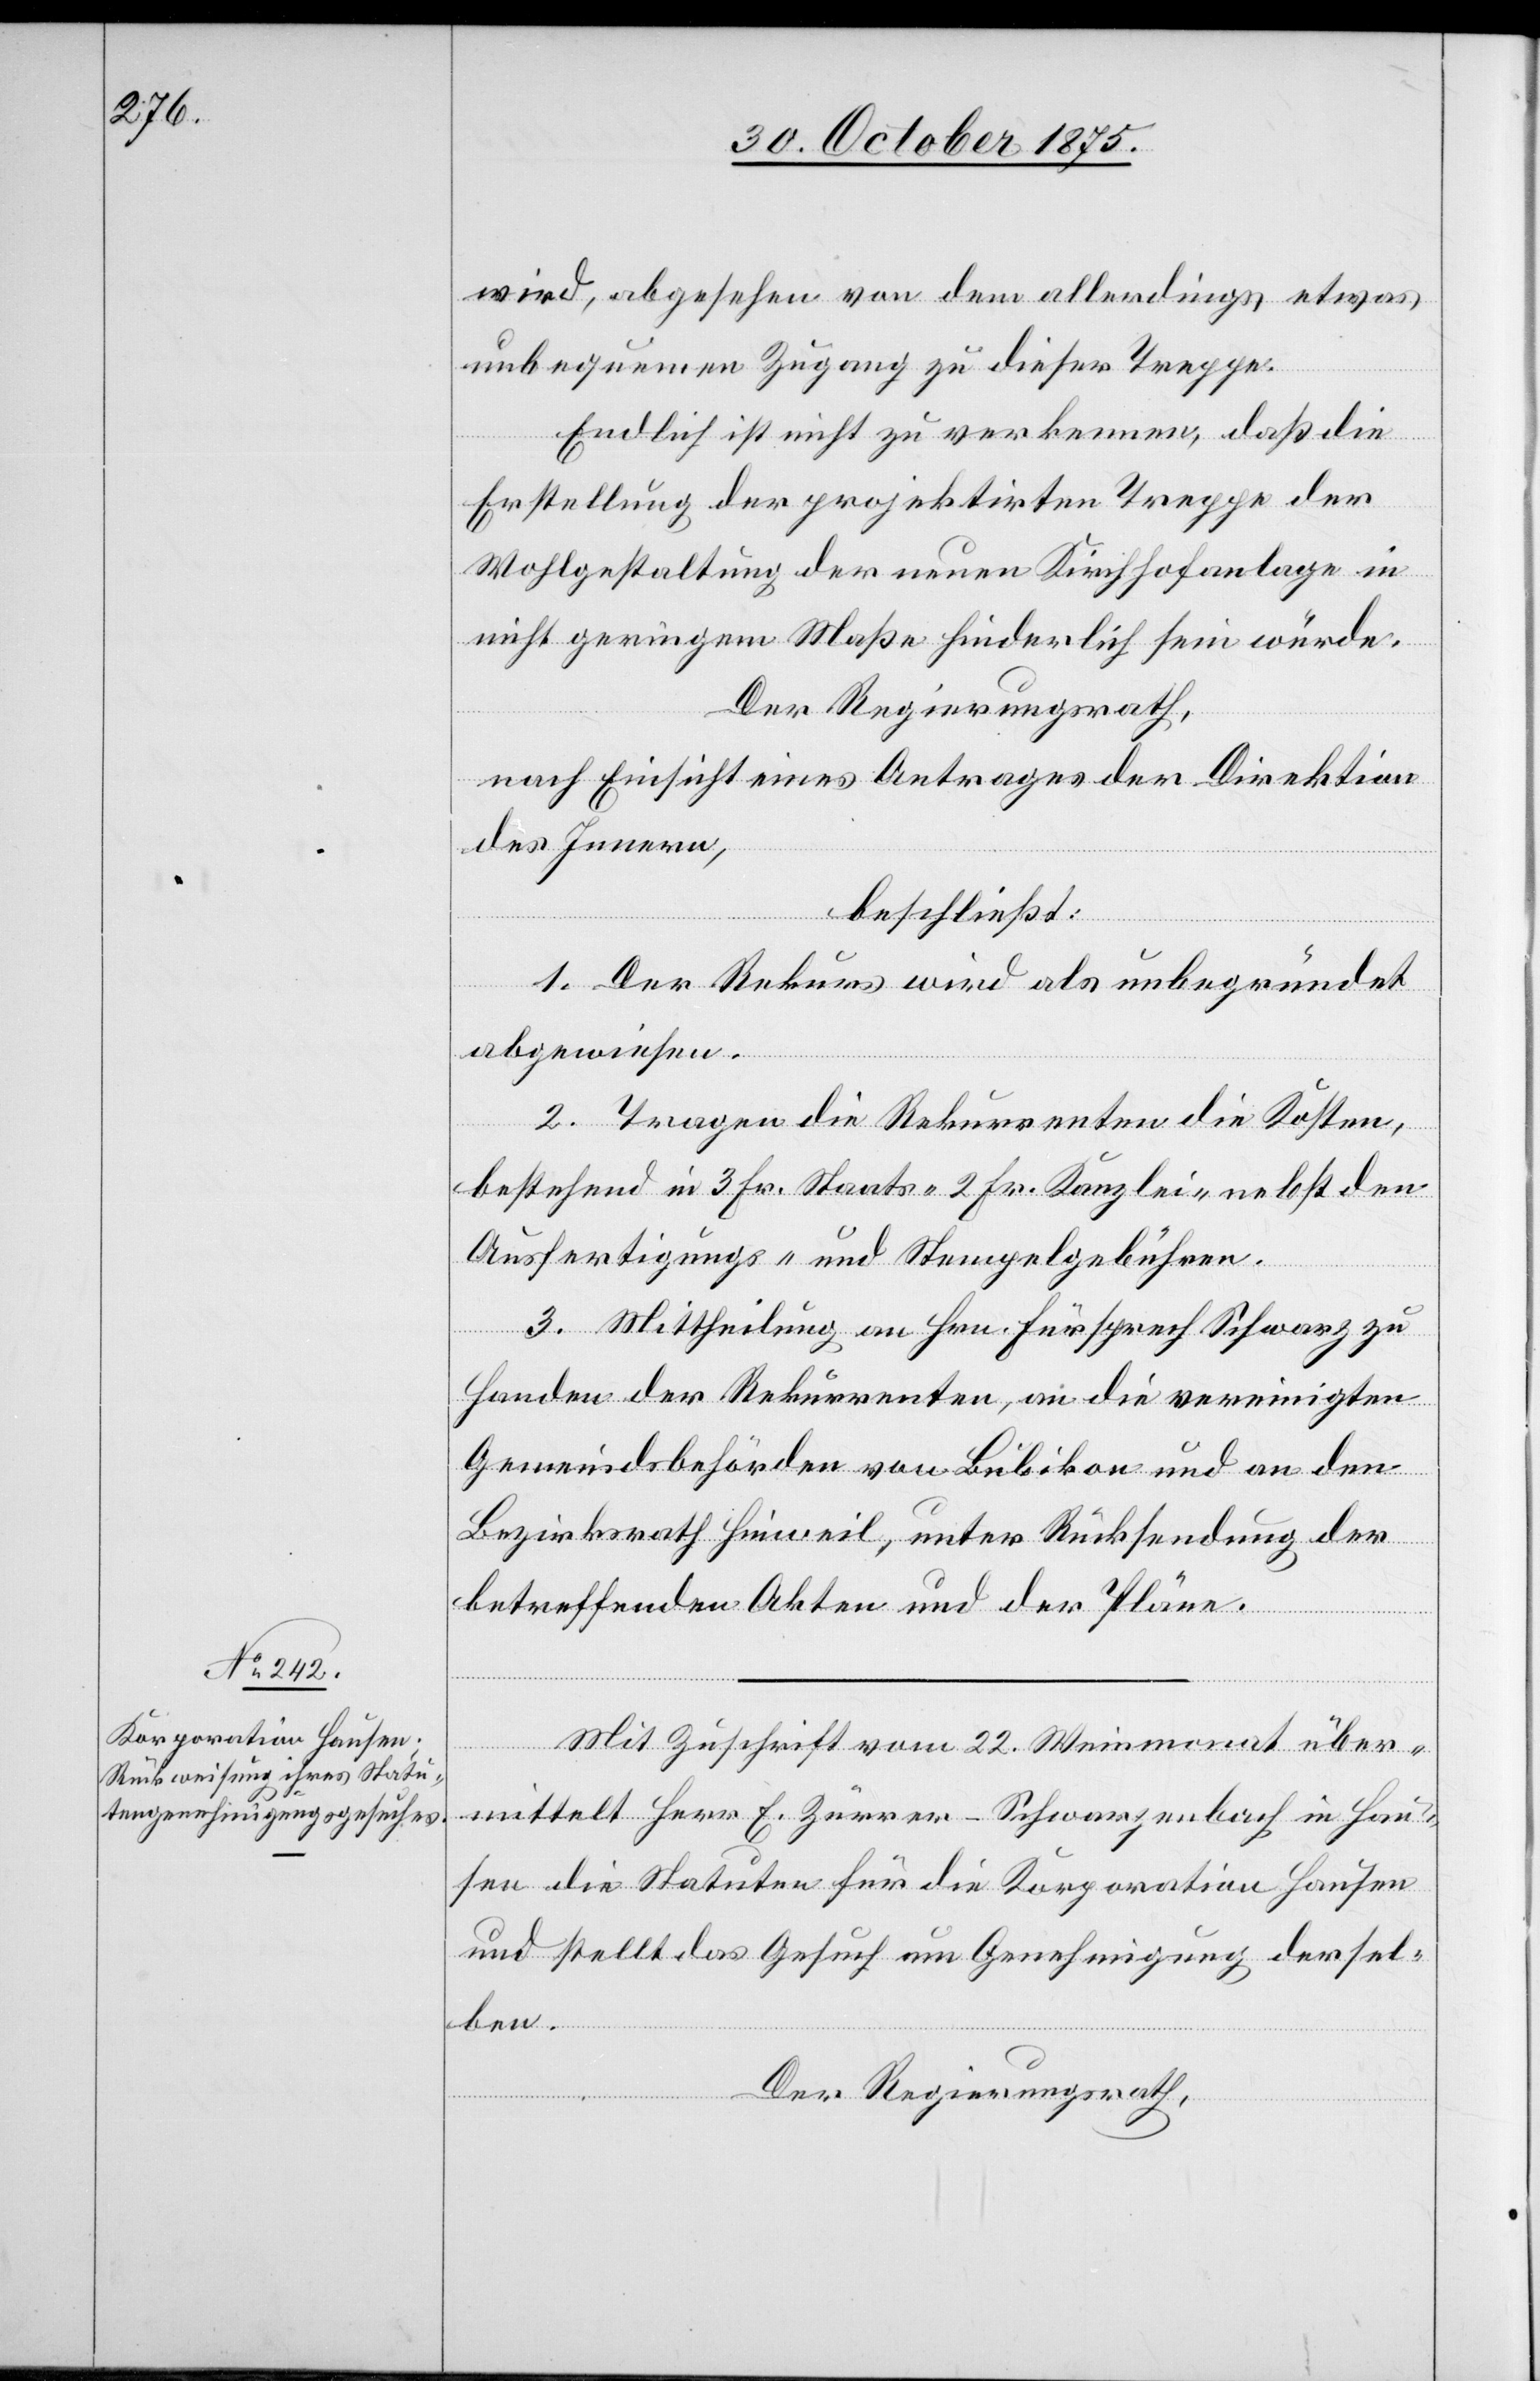
wird, abgesehen von dem allerdings etwas
unbequemen Zugang zu dieser Treppe.
Endlich ist nicht zu verkennen, daß die
Erstellung der projektirten Treppe der
Wohlgestaltung der neuen Kirchhofanlage in
nicht geringem Maße hinderlich sein würde.
Der Regierungsrath,
nach Einsicht eines Antrages der Direktion
des Innern,
beschließt:
1. Der Rekurs wird als unbegründet
abgewiesen.
2. Tragen die Rekurrenten die Kosten,
bestehend in 3 Fr. Staats-[,] 2 Fr. Kanzlei- nebst den
Ausfertigungs- und Stempelgebühren.
3. Mittheilung an Hrn. Fürsprech Schwarz zu
Handen der Rekurrenten, an die vereinigten
Gemeindsbehörden von Bubikon und an den
Bezirksrath Hinweil, unter Rücksendung der
betreffenden Akten und der Pläne.
Mit Zuschrift vom 22. Weinmonat über¬
mittelt Herr E. Zürrer-Schwarzenbach in Hau¬
sen die Statuten für die Korporation Hausen
und stellt das Gesuch um Genehmigung dersel¬
ben.
Der Regierungsrath,